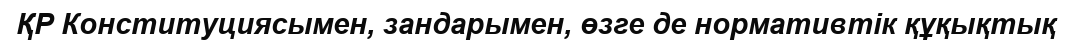
ҚР Конституциясымен, зандарымен, өзге де нормативтік құқықтық